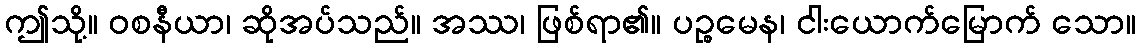
ဤသို့။ ဝစနီယာ၊ ဆိုအပ်သည်။ အဿ၊ ဖြစ်ရာ၏။ ပဉ္စမေန၊ ငါးယောက်မြောက် သော။